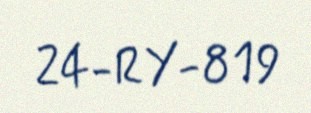
24-RY-819